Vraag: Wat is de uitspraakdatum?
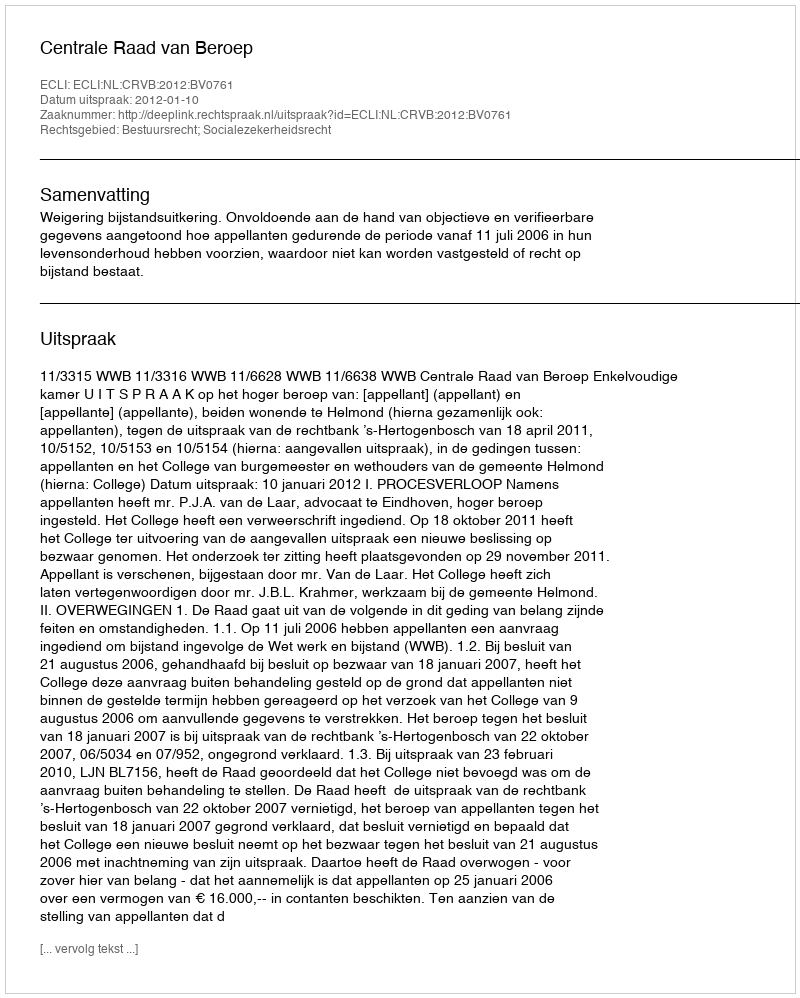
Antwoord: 2012-01-10